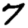
Digit: 7